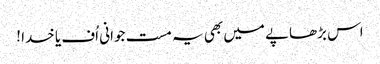
اس بڑھاپے میں بھی یہ مست جوانی اُف یا خدا !